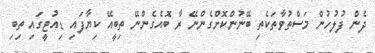
ދެން ފުލުހުން މަސްތުވާތަކެތި ބޭނުންކޮށްގެންނޭ ރާ ބޮއެގެންނޭ ތިބީއޭ ކިޔާފައި ޑިއުޓީގައި ތިބި